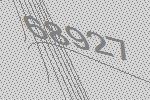
68927